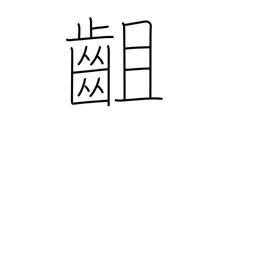
Meaning: disagree